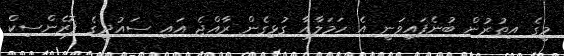
މީގެ އިތުރުން ބުނެފައިވަނީ އެ ހަމަލާއާ ގުޅިގެން ރާއްޖެ އައި ސައުދީގެ ފޮރެންސިކް